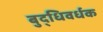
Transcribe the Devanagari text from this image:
बुद्धिवर्धक